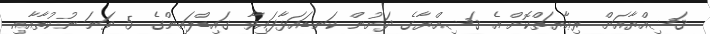
ޤަޟިއްޔާއަށް ރިޢާޔަތްކޮށް އެ ޤަޟިއްޔާގެ ދަށުން ކަނޑައަޅާފައިވާ ގައިޑްލައިންގެ 5 ވަނަ ނުކުތާއާއި